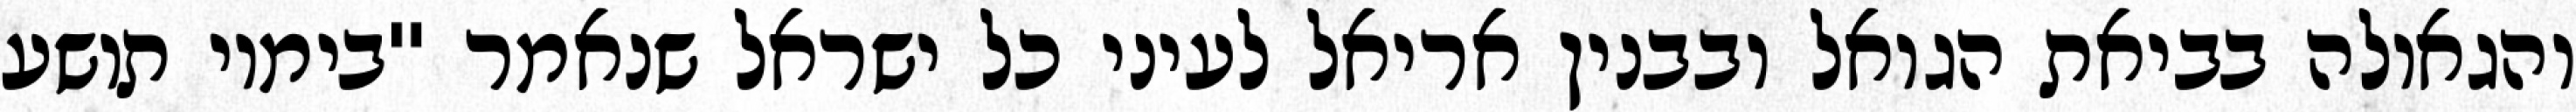
והגאולה בביאת הגואל ובבנין אריאל לעיני כל ישראל שנאמר "בימיו תושע